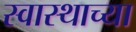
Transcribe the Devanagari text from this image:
स्वास्थाच्या